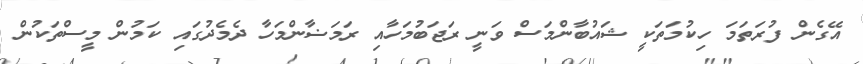
އޭގެން ފުރަތަމަ ހިކުމަތަކީ ޝައުބާންމަސް ވަނީ ރަޖަބުމަހާއި ރަމަޟާންމަހާ ދެމެދުގައި ކަމުން މީސްތަކުން